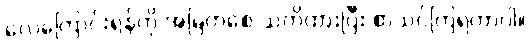
လေကြောင်းရန်ကို အမြဲတစေ သတိထားပြီး စာသင်ကြရတာပါ။